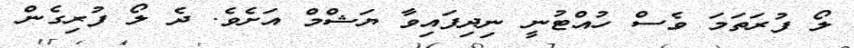
ލޯ ފުރަތަމަ ވެސް ހުއްޓުނީ ނިދިފައިވާ ޔަޝްމް އަށެވެ. ދެ ލޯ ފުރިގެން